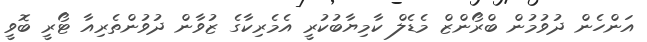
އަންހެން ދުވުމުން ބްރޯންޒް މެޑެލް ކާމިޔާބުކުރީ އެމެރިކާގެ ޒުވާން ދުވުންތެރިއާ ޓޯރީ ބޮވީ